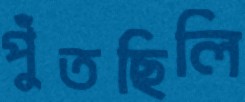
পুঁতছিলি